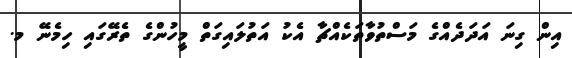
އިން ގިނަ އަދަދެއްގެ މަސްތުވާތަކެއްޗާ އެކު އަތުލައިގަތް މީހުންގެ ތެރޭގައި ހިމެނޭ މ.